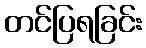
တင်ပြရခြင်း